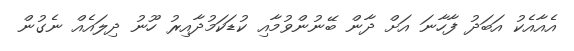
އެއާއެކު އަބަދު ފާހާނަ އަށް ދާން ބޭނުންވުމާއި ކުޑަކަމުދާއިރު ހޫނު ދިލައެއް ނެގުން